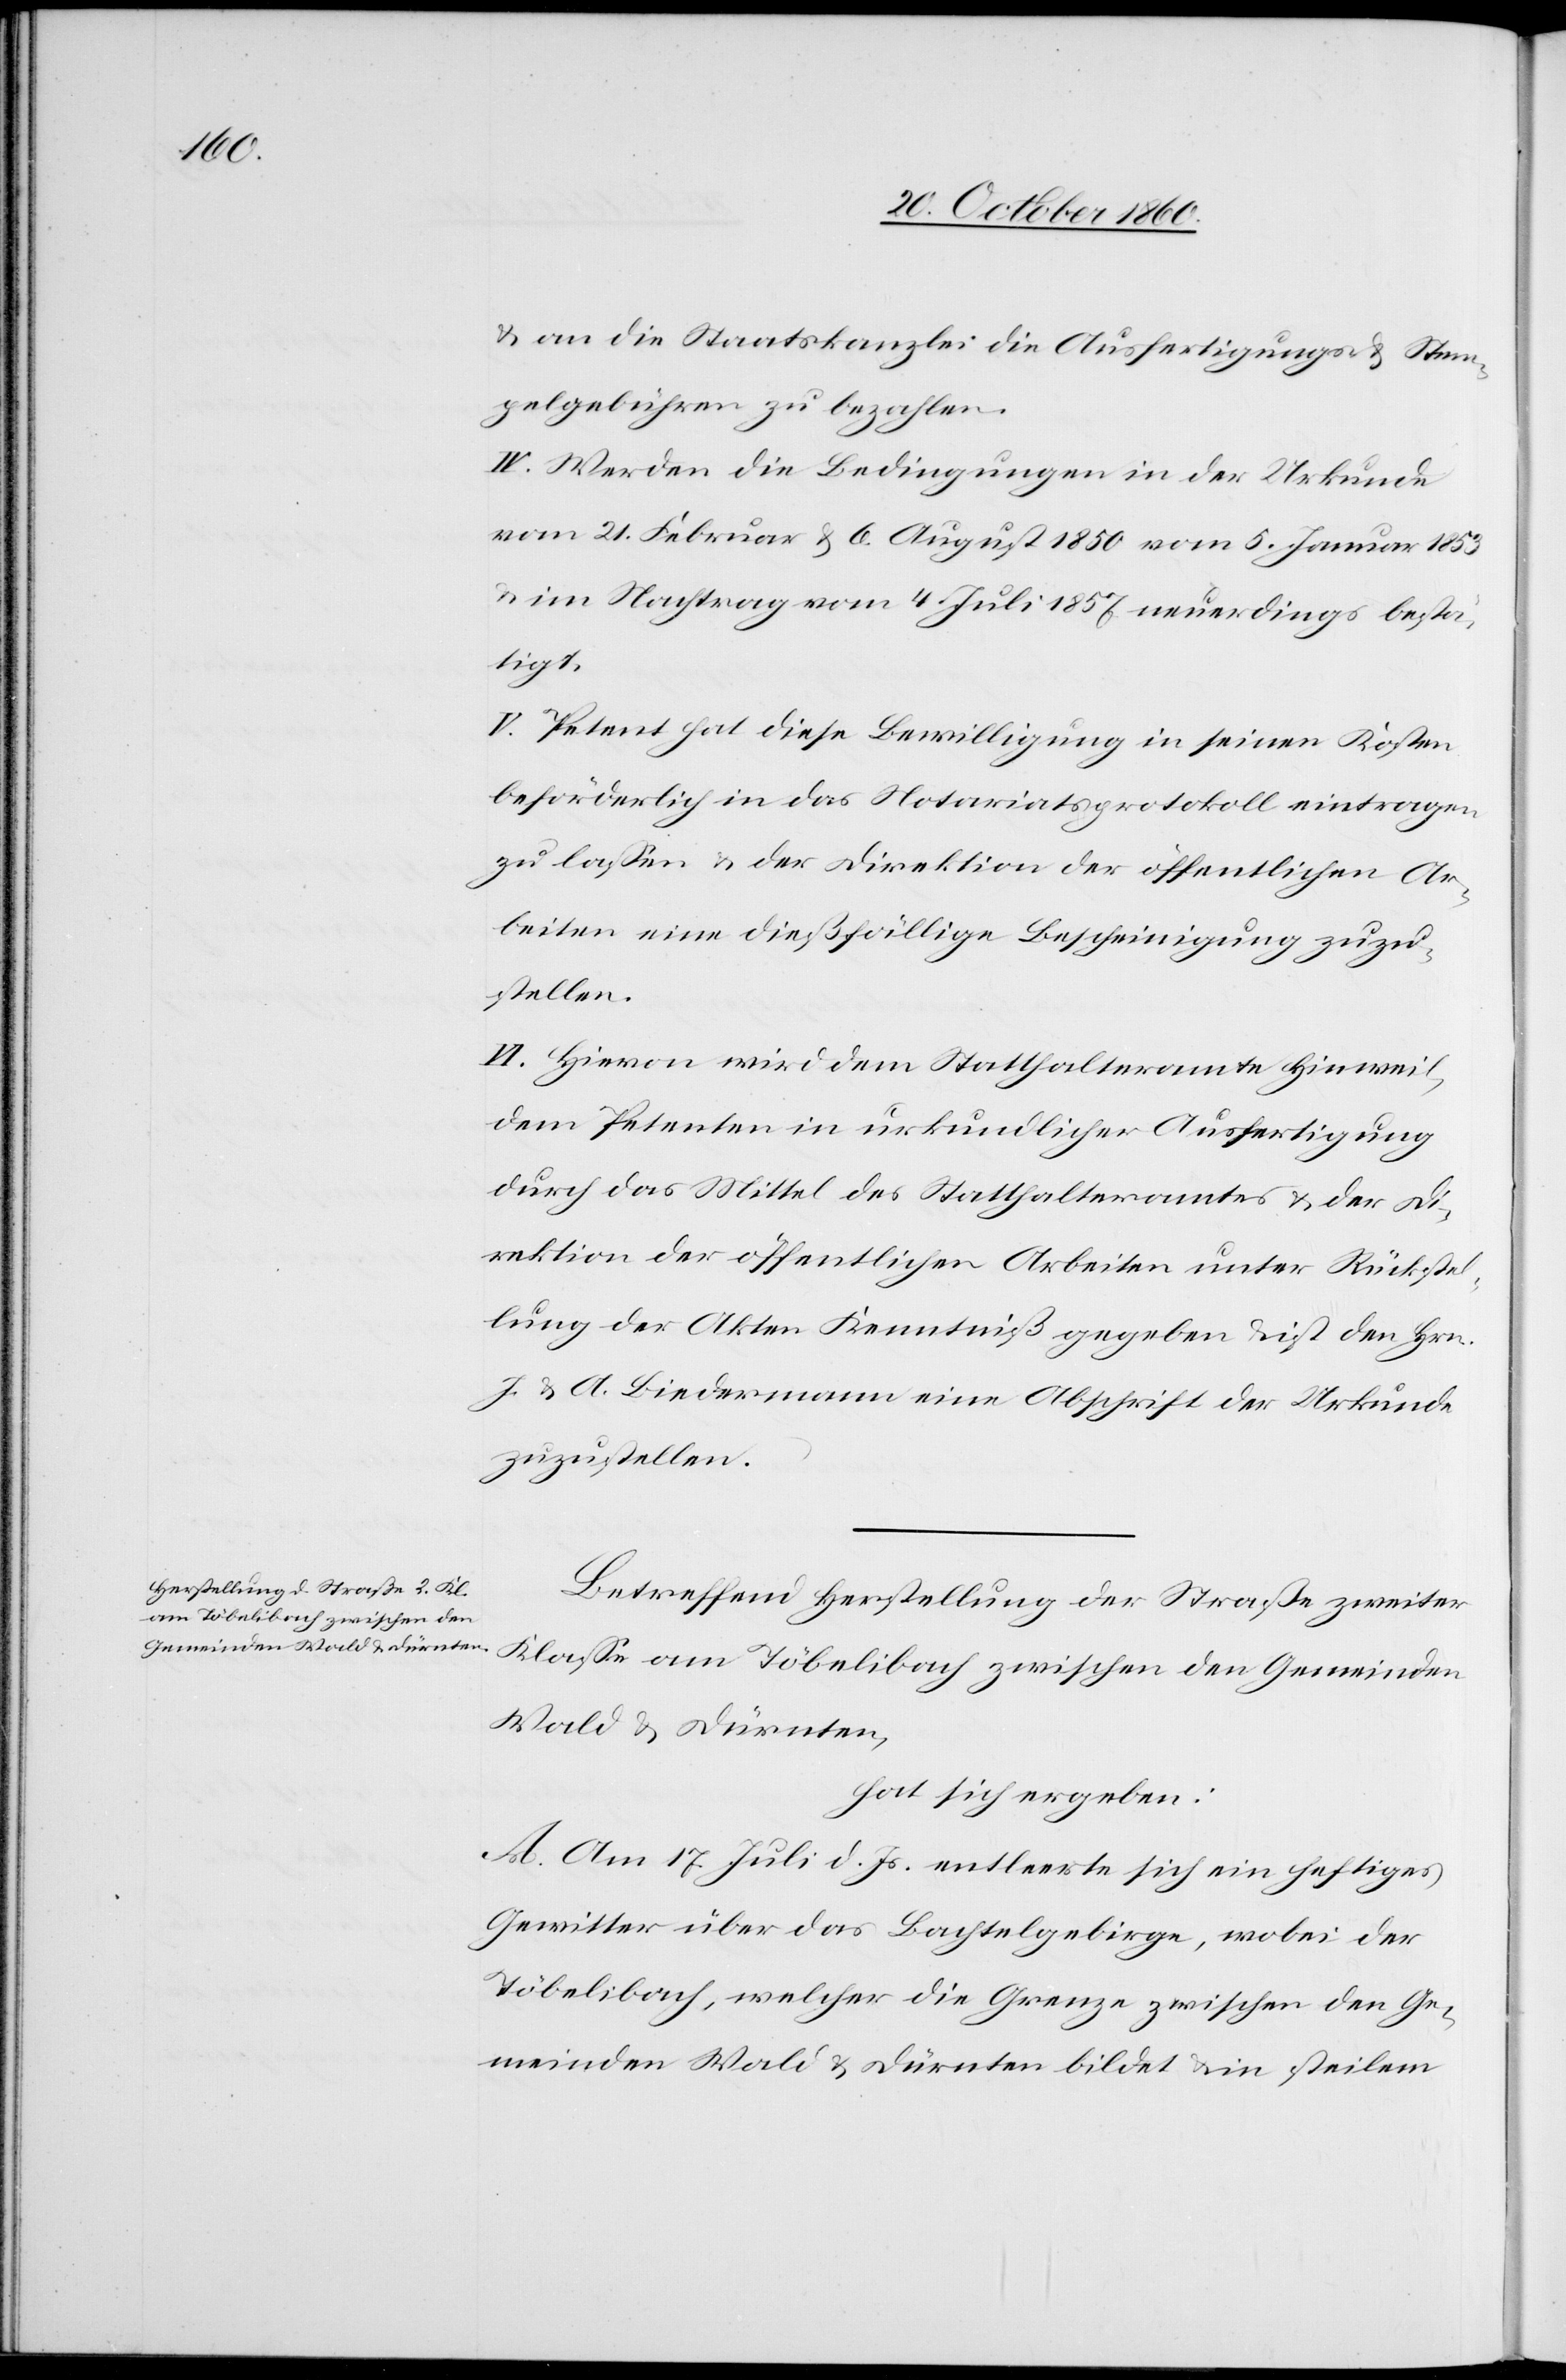
u. an die Staatskanzlei die Ausfertigungs- u. Stem¬
pelgebühren zu bezahlen.
IV. Werden die Bedingungen in der Urkunde
vom 21. Februar u. 6. August 1850[,] vom 5. Januar 1853
u. im Nachtrag vom 4. Juli 1857 neuerdings bestä¬
tigt.
V. Petent hat diese Bewilligung in seinen Kosten
beförderlich in das Notariatsprotokoll eintragen
zu lassen u. der Direktion der öffentlichen Ar¬
beiten eine dießfällige Bescheinigung zuzu¬
stellen.
VI. Hievon wird dem Statthalteramte Hinweil,
dem Petenten in urkundlicher Ausfertigung
durch das Mittel des Statthalteramtes u. der Di¬
rektion der öffentlichen Arbeiten unter Rückstel¬
lung der Akten Kenntniß gegeben u. ist den Hrn.
J. u. A. Biedermann eine Abschrift der Urkunde
zuzustellen.
Betreffend Herstellung der Straße zweiter
Klasse am Töbelibach zwischen den Gemeinden
Wald u. Dürnten,
hat sich ergeben:
A. Am 17. Juli d. Js. entleerte sich ein heftiges
Gewitter über das Bachtelgebirge, wobei der
Töbelibach, welcher die Grenze zwischen den Ge¬
meinden Wald u. Dürnten bildet u. in steilem